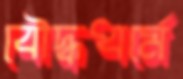
বৌদ্ধধর্মে